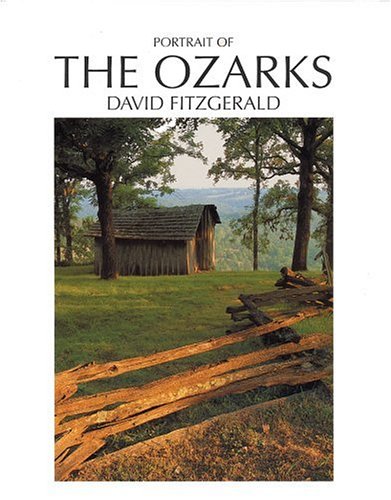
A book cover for Portrait of the Ozarks; Clay Anderson; Travel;